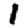
Digit: 1